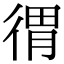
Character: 𢔥